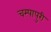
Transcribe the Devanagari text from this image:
चम्‍पापुरी